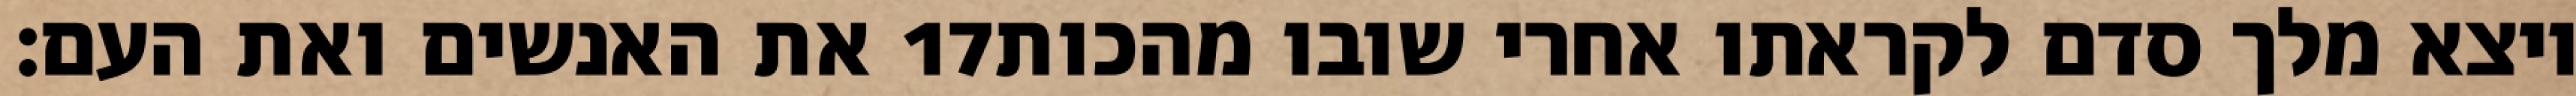
את האנשים ואת העם׃ ‎17‏ ויצא מלך סדם לקראתו אחרי שובו מהכות